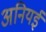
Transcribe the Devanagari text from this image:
अनियई